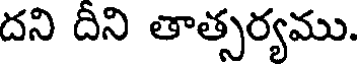
దని దీని తాత్సర్యము.